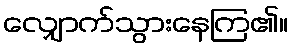
လျှောက်သွားနေကြ၏။